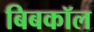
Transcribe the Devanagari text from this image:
बिबकॉल